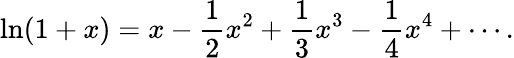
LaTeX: \ln(1+x)=x-{\frac{1}{2}}x^{2}+{\frac{1}{3}}x^{3}-{\frac{1}{4}}x^{4}+\cdots.